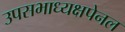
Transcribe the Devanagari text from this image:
उपसभाध्यक्षपेनल